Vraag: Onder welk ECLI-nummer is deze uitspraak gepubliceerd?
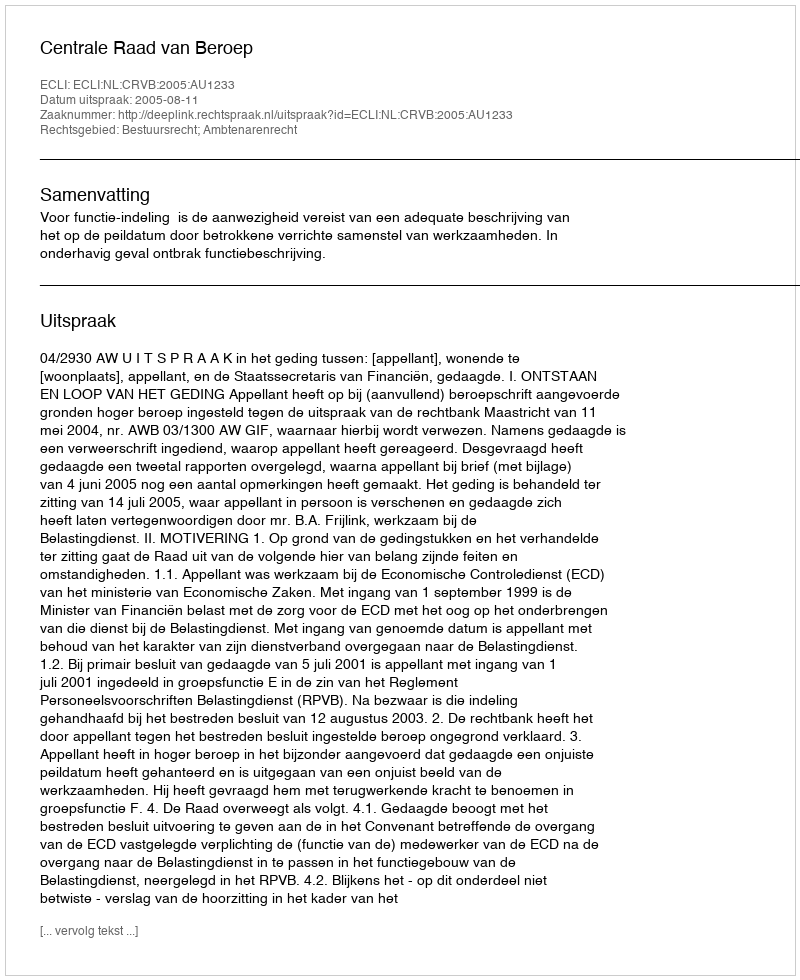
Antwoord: ECLI:NL:CRVB:2005:AU1233